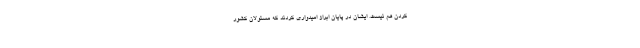
کردن هم نیست. ایشان در پایان ابراز امیدواری کردند که مسئولان کشور